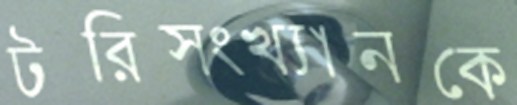
টরিসংখ্যানকে